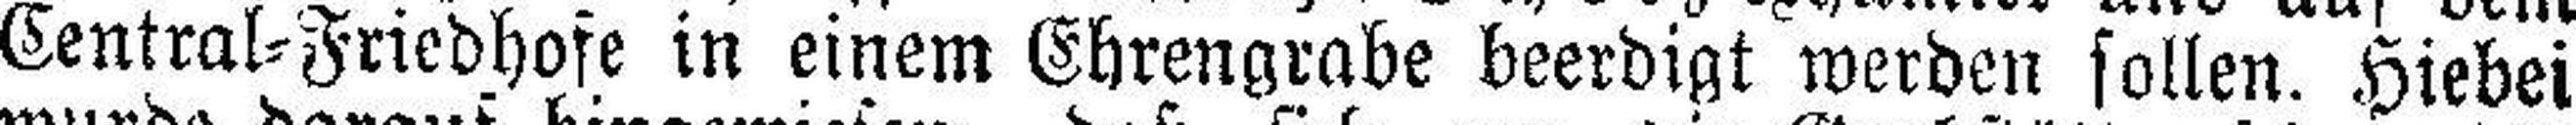
Central=Friedhofe in einem Ehrengrabe beerdigt werden sollen. Hiebei